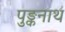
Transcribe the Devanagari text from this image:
पुङ्कनाथ